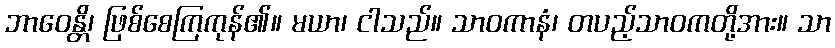
ဘာဝေန္တိ၊ ဖြစ်စေကြကုန်၏။ မယာ၊ ငါသည်။ သာဝကာနံ၊ တပည့်သာဝကတို့အား။ သာ